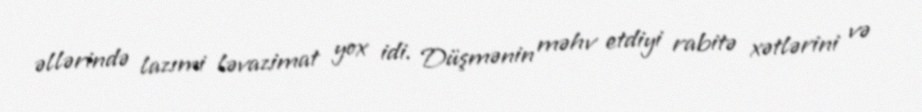
əllərində lazımi ləvazimat yox idi. Düşmənin məhv etdiyi rabitə xətlərini və